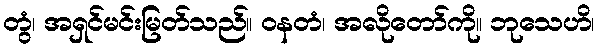
တွံ၊ အရှင်မင်းမြတ်သည်။ ဝနတံ၊ အလိုတော်ကို။ ဘုသေဟိ၊